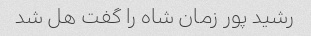
رشید پور زمان شاه را گفت هل شد